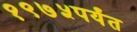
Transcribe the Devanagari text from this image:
१९७५पर्यंत